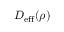
D _ { \mathrm { e f f } } ( \rho )